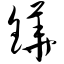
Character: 铧